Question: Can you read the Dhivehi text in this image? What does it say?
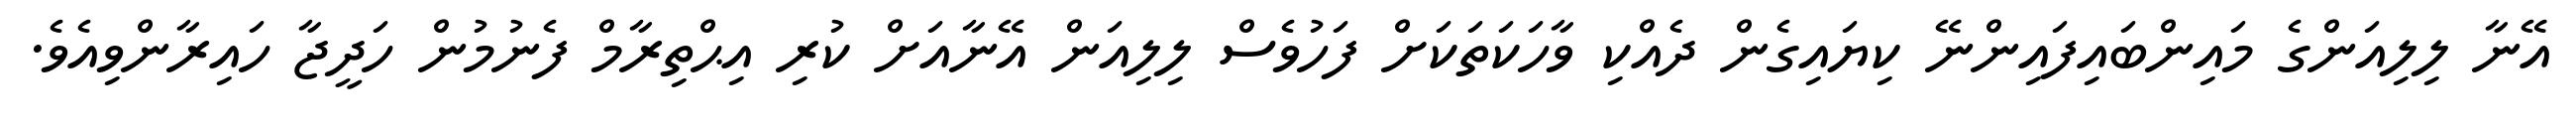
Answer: އޭނާ ލިލިއަންގެ މައިންބައިފައިންނޭ ކިޔައިގެން ދެއްކި ވާހަކަތަކަށް ފަހުވެސް ލިލިއަން އޭނާއަށް ކުރި އިޙްތިރާމް ފެނުމުން ހަދީޖާ ހައިރާންވިއެވެ.